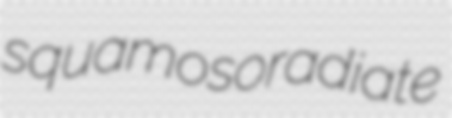
squamosoradiate